Indian journal of veterinary science and animal husbandry - Volumes 18-21, 1948-1951
Year: 1948
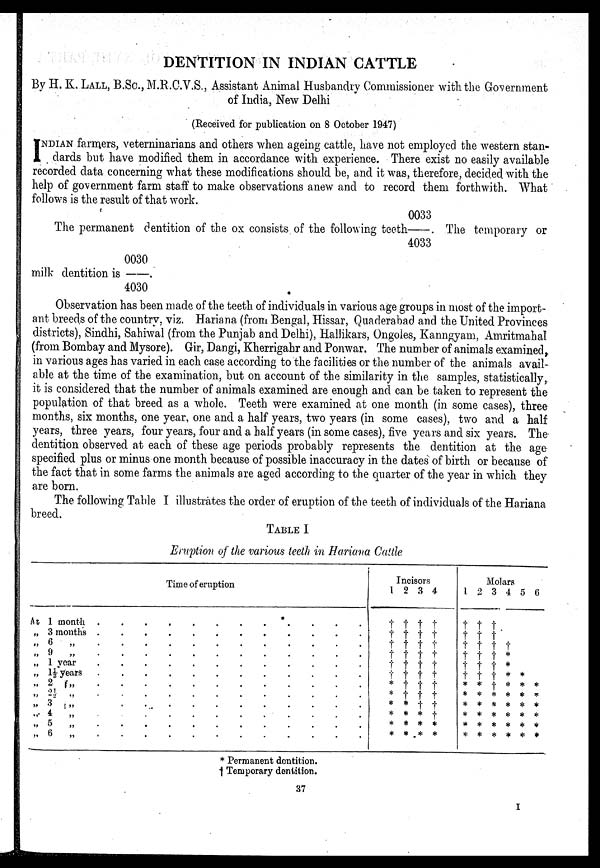
DENTITION IN INDIAN CATTLE
By H. K. LALL, B.SC., M.R.C.V.S., Assistant Animal Husbandry Commissioner with the Government
of India, New Delhi
(Received for publication on 8 October 1947)
I NDIAN farmers, veterninarians and others when ageing cattle, have not employed the western stan-
dards but have modified them in accordance with experience. There exist no easily available
recorded data concerning what these modifications should be, and it was, therefore, decided with the
help of government farm staff to make observations anew and to record them forthwith. What
follows is the result of that work.
The permanent dentition of the ox consists of the following teeth 0033 / 4033 . The temporary or
milk dentition is 0030 / 4030.
Observation has been made of the teeth of individuals in various age groups in most of the import-
ant breeds of the country, viz. Hariana (from Bengal, Hissar, Quaderabad and the United Provinces
districts), Sindhi, Sahiwal (from the Punjab and Delhi), Hallikars, Ongoles, Kanngyam, Amritmahal
(from Bombay and Mysore). Gir, Dangi, Kherrigahr and Ponwar. The number of animals examined,
in various ages has varied in each case according to the facilities or the number of the animals avail-
able at the time of the examination, but on account of the similarity in the samples, statistically,
it is considered that the number of animals examined are enough and can be taken to represent the
population of that breed as a whole. Teeth were examined at one month (in some cases), three
months, six months, one year, one and a half years, two years (in some cases), two and a half
years, three years, four years, four and a half years (in some cases), five years and six years. The
dentition observed at each of these age periods probably represents the dentition at the age
specified plus or minus one month because of possible inaccuracy in the dates of birth or because of
the fact that in some farms the animals are aged according to the quarter of the year in which they
are born.
The following Table I illustrates the order of eruption of the teeth of individuals of the Hariana
breed.
TABLE I
Eruption of the various teeth in Hariana Cattle
Time of eruption
At 1 month . . . . . . . . . . . .
„ 3 months . . . . . . . . . . . .
„ 6
„ . . . . . . . . . . . .
„ 9
„ . . . . . . . . . . . .
„ 1 year . . . . . . . . . . . .
„ 1½ years . . . . . . . . . . . .
„ 2 „ . . . . . . . . . . . .
„ 2½ „ . . . . . . . . . . . .
„ 3 „ . . . . . . . . . . . .
„ 4
„ . . . . . . . . . . . .
„ 5 „ . . . . . . . . . . . .
„ 6
„ . . . . . . . . . . . .
Incisors
1
†
†
†
†
† †
*
*
*
*
*
*
2
†
†
†
†
†
†
†
†
*
*
*
*
3
†
†
†
†
†
†
†
†
†
*
*
*
4
†
†
†
†
†
†
†
†
†
†
*
*
Molars
1
†
†
†
†
†
†
*
*
*
*
*
*
2
†
†
†
†
†
†
*
*
*
*
*
*
3
†
†
†
†
†
†
†
*
*
*
*
*
4
†
*
*
*
*
*
*
*
*
*
5
*
*
*
*
*
*
*
6
*
*
*
*
*
*
* Permanent dentition.
† Temporary dentition.
37
I